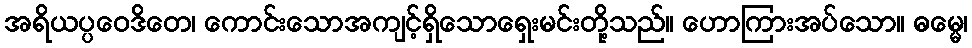
အရိယပ္ပဝေဒိတေ၊ ကောင်းသောအကျင့်ရှိသောရှေးမင်းတို့သည်။ ဟောကြားအပ်သော။ ဓမ္မေ၊